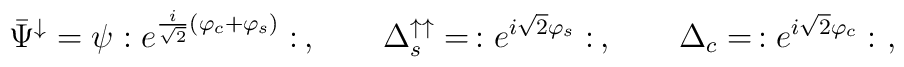
\bar{\Psi}^\downarrow  = \psi :e^{\frac{i}{\sqrt{2}}(\varphi_c+\varphi_s)}: \,,  \qquad  \Delta^{\uparrow\uparrow}_s  = \, :e^{i \sqrt{2}\varphi_s}: \,, \qquad  \Delta_c  = \, :e^{i \sqrt{2}\varphi_c}:  \ ,